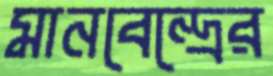
মানবেন্দ্রের